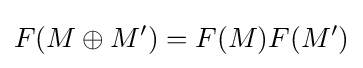
F(M\oplus M')=F(M)F(M')